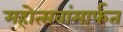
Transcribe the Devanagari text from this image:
महोत्सवांमार्फत